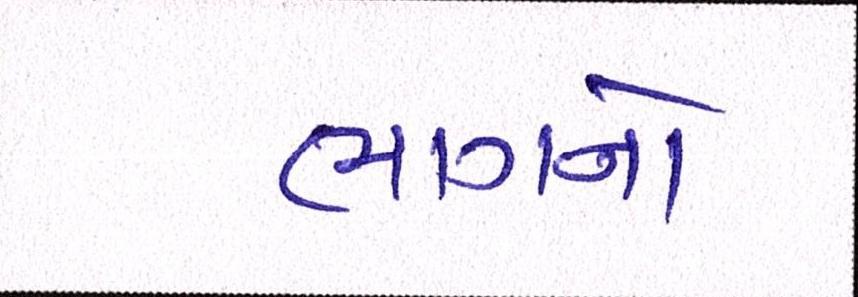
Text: ભાગનો